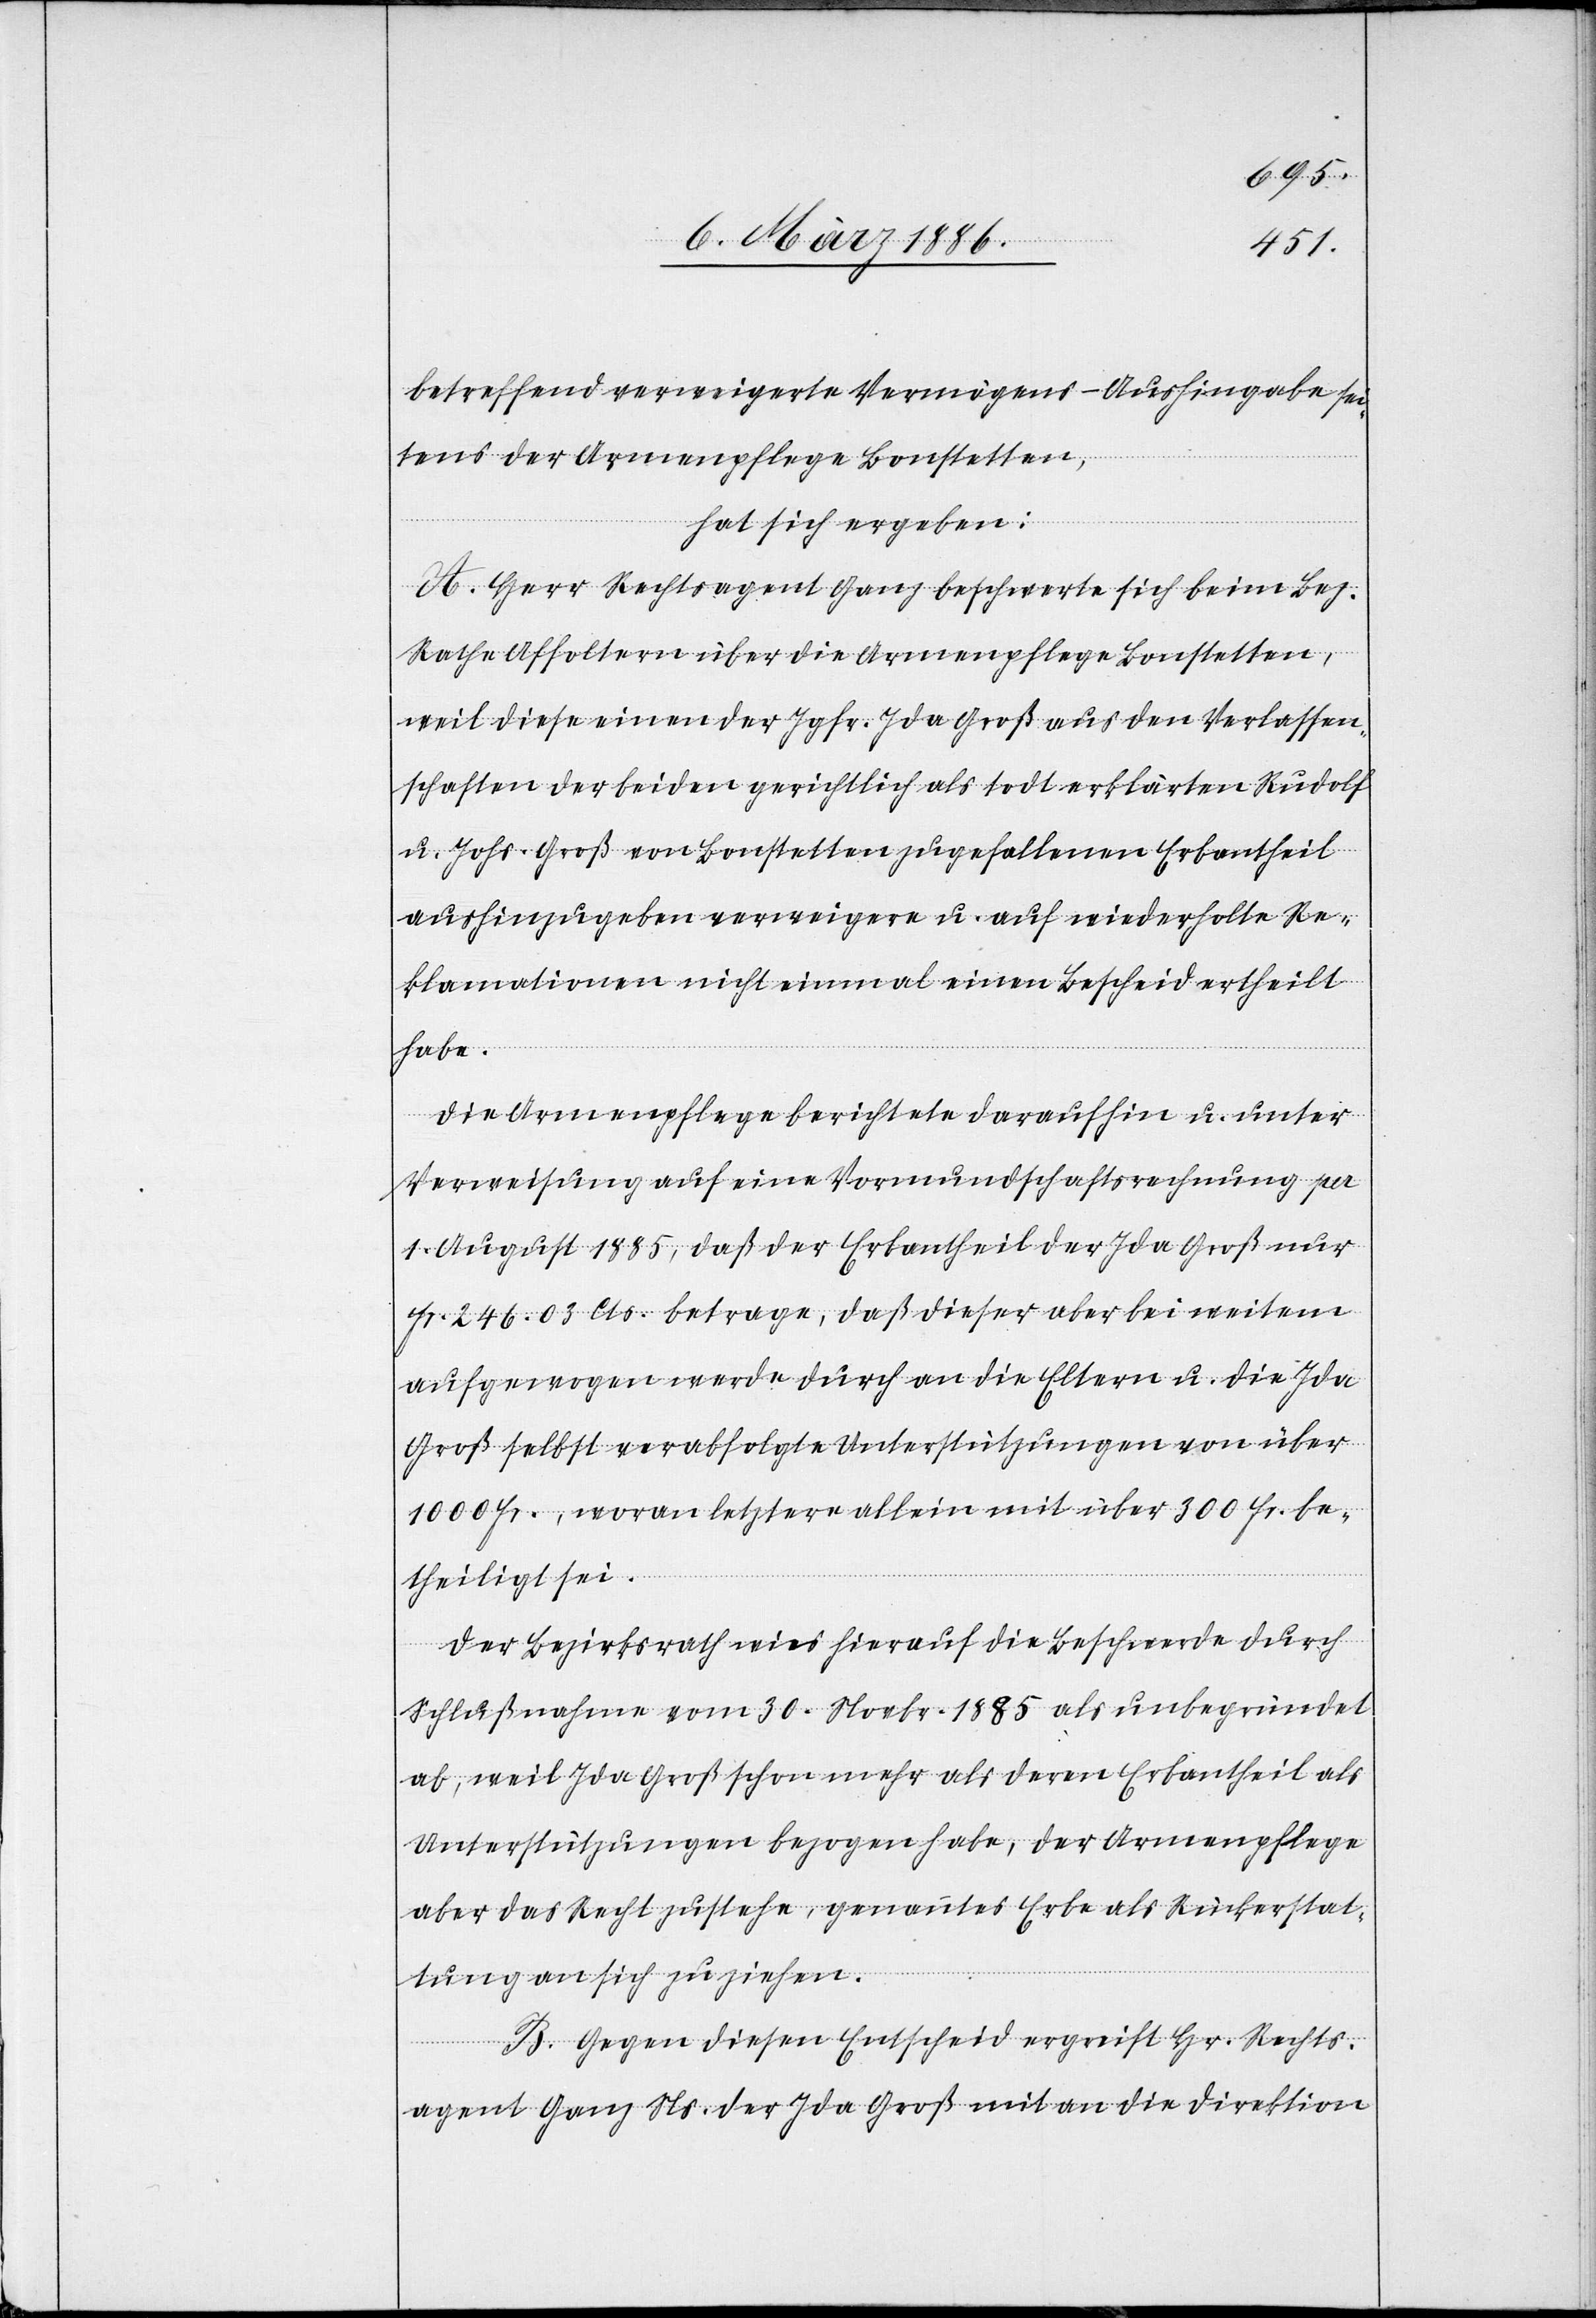
betreffend verweigerte Vermögens-Aushingabe sei¬
tens der Armenpflege Bonstetten,
hat sich ergeben:
A. Herr Rechtsagent Ganz beschwerte sich beim Bez.
Rathe Affoltern über die Armenpflege Bonstetten,
weil diese einen der Jgfr. Ida Groß aus den Verlassen¬
schaften der beiden gerichtlich als todt erklärten Rudolf
u. Johs. Groß von Bonstetten zugefallenen Erbantheil
aushinzugeben verweigere u. auf wiederholte Re¬
klamationen nicht einmal einen Bescheid ertheilt
habe.
Die Armenpflege berichtete daraufhin u. unter
Verweisung auf eine Vormundschaftsrechnung per
1. August 1885, daß der Erbantheil der Ida Groß nur
Fr. 246.03 Cts. betrage, daß dieser aber bei weitem
aufgewogen werde durch an die Eltern u. die Ida
Groß selbst verabfolgte Unterstützungen von über
1000 Fr., woran letztere allein mit über 300 Fr. be¬
theiligt sei.
Der Bezirksrath wies hierauf die Beschwerde durch
Schlußnahme vom 30. Novbr. 1885 als unbegründet
ab, weil Ida Groß schon mehr als deren Erbantheil als
Unterstützungen bezogen habe, der Armenpflege
aber das Recht zustehe, genanntes Erbe als Rückerstat¬
tung an sich zu ziehen.
B. Gegen diesen Entscheid ergreift Hr. Recht¬
agent Ganz Ns. der Ida Groß mit an die Direktion